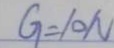
G = 1 0 N